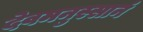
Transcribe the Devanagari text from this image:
देवमनुस्सानं